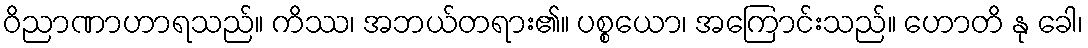
ဝိညာဏာဟာရသည်။ ကိဿ၊ အဘယ်တရား၏။ ပစ္စယော၊ အကြောင်းသည်။ ဟောတိ နု ခေါ၊